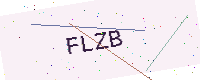
Text: FLZB